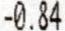
-0.84